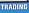
trading